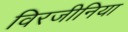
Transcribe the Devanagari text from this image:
विरजीनिया